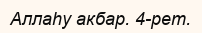
Аллаһу акбар. 4-рет.